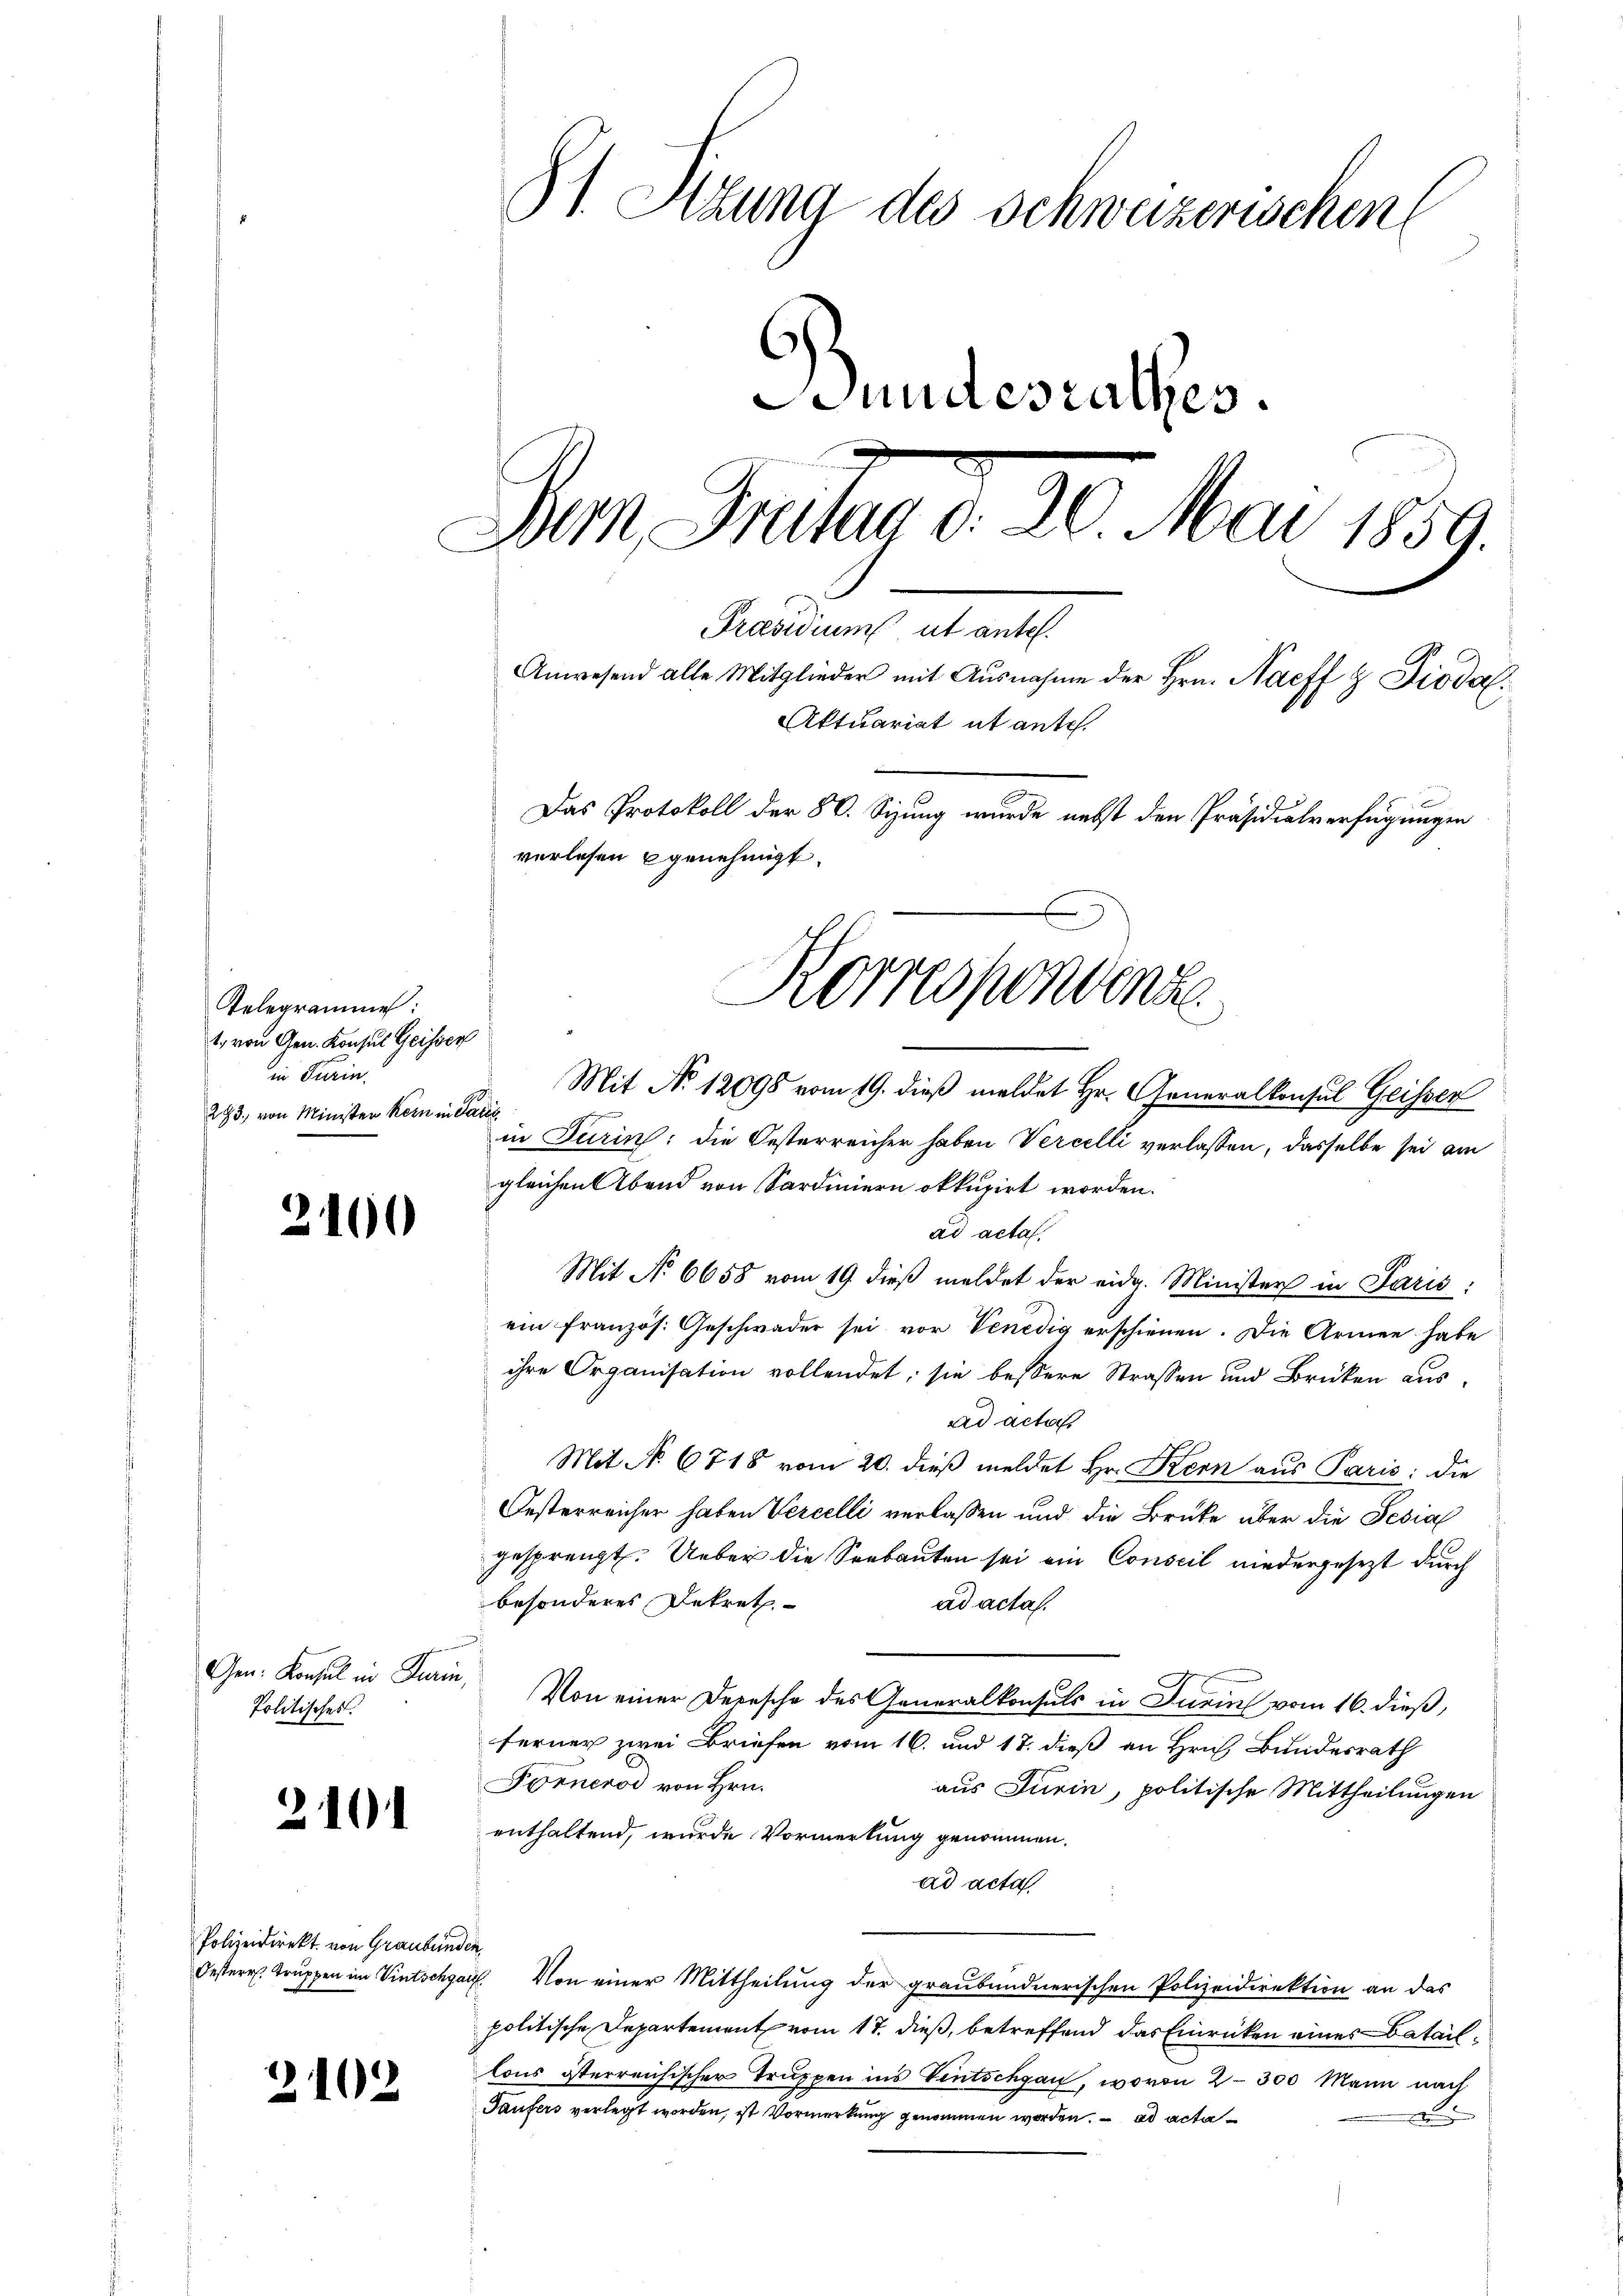
Telegrammen:
1. von Gen. Konsul Geisser
in Turin
293. von Minister kein in Paris

)

2

100

Gen. Konsul in Turn
Politisches.

101

Polizeidirekt von Graubung
Oesterr, Truppen im Vintschga

102

51. Stzung des Schweizerischen
Stundesrathes.
Im Inten d. 30. Mai 1889.
Präsidium ut antel.
Anwesend alle Mitglieder mit Ausnahme der Hrn. Nacff & Diodal
Aktuariat et ante.
Das Protokoll der 80. Sizung wurde nebst den Präsidialverfügungen
verlesen genehmigt.

Korrespondende
f

Mit No 12698 vom 19. dieß meldet Hr. Generalkonsul Geisser
in Turin: die Oesterreicher haben Vercelli verlassen, dasselbe sei am
gleichen Abend von Sardiniern okkupirt worden.
ad acta.
Mit No 6658 vom 19. dieß meldet der eidg. Minister in Paris:
ein französ. Geschweder sei vor Venedig erschienen. Die Armen habe
ihre Organisation vollendet; sie bessere Strassen und Brücken ausad acta
Mit No. 6718 vom 20. dieß meldet Hr. Kern aus Paris: die
Oesterreicher haben Vercelli verlassen und die Brüke aber die Fesia
gesprengt. Ueber die Seebauten sei ein Conseil niedergesezt durch
besonderes Dekreth
ad acta.
Von einer Depesche des Generalkonsuls in Turin vom 16. dieß,
ferner zwei Briefen vom 16. und 17. dieß an Hrn. Bundesrath
Forneros von Hrn.
aus Turin, politische Mittheilungen
enthaltend, wurde Vormerkung genommen.
ad acta
1
ich. Von einer Mittheilung der graubündnerischen Polizeidirektion an das
politische Departement vom 17. dieß, betreffend das Einrücken eines Bataillons österreichischer Truppen ins Ventschgan, wovon 2–300 Mann nach
Taufers verlegt worden, ist Vormerkung genommen worden. ad actad